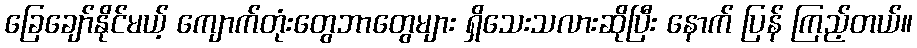
ခြေချော်နိုင်မယ့် ကျောက်တုံးတွေဘာတွေများ ရှိသေးသလားဆိုပြီး နောက် ပြန် ကြည့်တယ်။